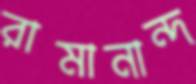
রামানান্দ